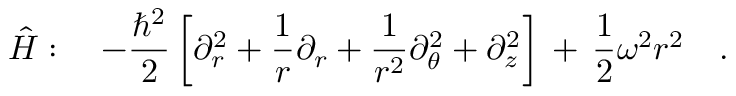
\hat { H } : \ \ \ - \frac { \hbar ^ { 2 } } { 2 } \left[ \partial _ { r } ^ { 2 } + \frac { 1 } { r } \partial _ { r } + \frac { 1 } { r ^ { 2 } } \partial _ { \theta } ^ { 2 } + \partial _ { z } ^ { 2 } \right] \, + \, \frac { 1 } { 2 } \omega ^ { 2 } r ^ { 2 } \ \ \ .